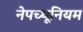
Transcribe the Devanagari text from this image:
नेपच्थूनियम